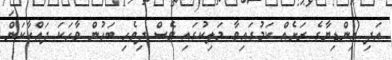
އަދި އިންޑިޔާގެ ރަށެއް ކަމުގައިވާ މަލިކުގައި ވެސް ދިވެހި ބަހުން ވާހަކަ ދައްކާކަން